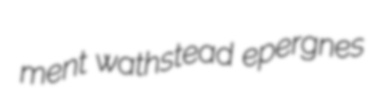
ment wathstead epergnes